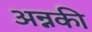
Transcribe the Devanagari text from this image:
अन्नकी